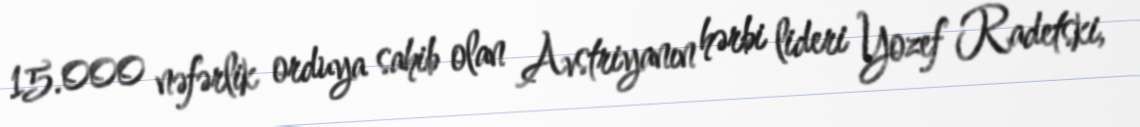
15.000 nəfərlik orduya sahib olan Avstriyanın hərbi lideri Yozef Radetski,